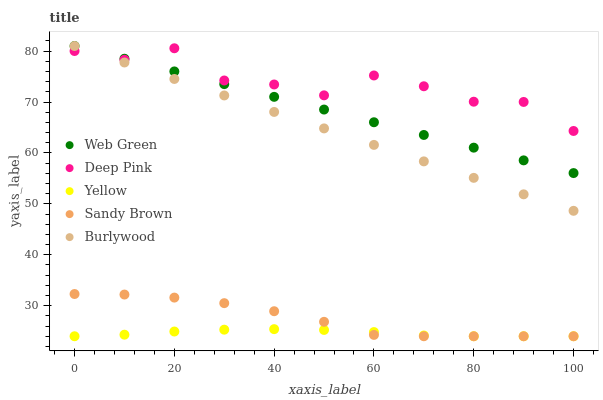
| xaxis_label | Web Green | Deep Pink | Yellow | Sandy Brown | Burlywood |
 | --- | --- | --- | --- | --- | --- |
 | 0 | 81 | 80 | 24 | 32.3 | 81 |
 | 10 | 78.5 | 78.3 | 24.3 | 32.2 | 77.8 |
 | 20 | 76 | 80.6 | 24.9 | 31.6 | 74.5 |
 | 30 | 73.5 | 74.2 | 25.3 | 30.5 | 71.3 |
 | 40 | 71 | 73.4 | 25.4 | 28.9 | 68.1 |
 | 50 | 68.5 | 71.3 | 25.2 | 26.8 | 64.8 |
 | 60 | 66 | 75.2 | 24.8 | 24.3 | 61.6 |
 | 70 | 63.5 | 73.1 | 24.1 | 24 | 58.3 |
 | 80 | 61 | 70.1 | 24 | 24 | 55.1 |
 | 90 | 58.5 | 70 | 24 | 24 | 51.9 |
 | 100 | 56 | 64.3 | 24 | 24 | 48.6 |